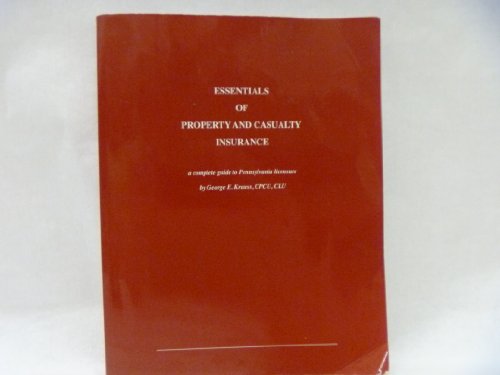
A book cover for Essentials of Property and Casualty Insurance (A Complete Guide to Pennsylvania Licensure); George E. Krauss; Business & Money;